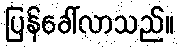
ပြန်ခေါ်လာသည်။